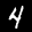
Label: 4